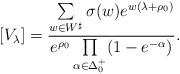
\begin{align*}[V_\lambda]=\frac{\sum\limits_{w\in W^\sharp}\sigma(w) e^{w(\lambda+\rho_0)}}{e^{\rho_0}\prod\limits_{\alpha\in\Delta_0^+}(1-e^{-\alpha})}.\end{align*}